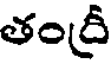
తంద్రీ